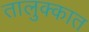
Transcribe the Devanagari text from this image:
तालुक्कात